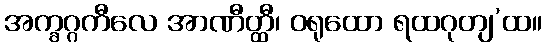
အက္ခဂ္ဂကီလေ အာဏီတ္ထီ၊ ဝရုထော ရထဂုတျ’ထ။